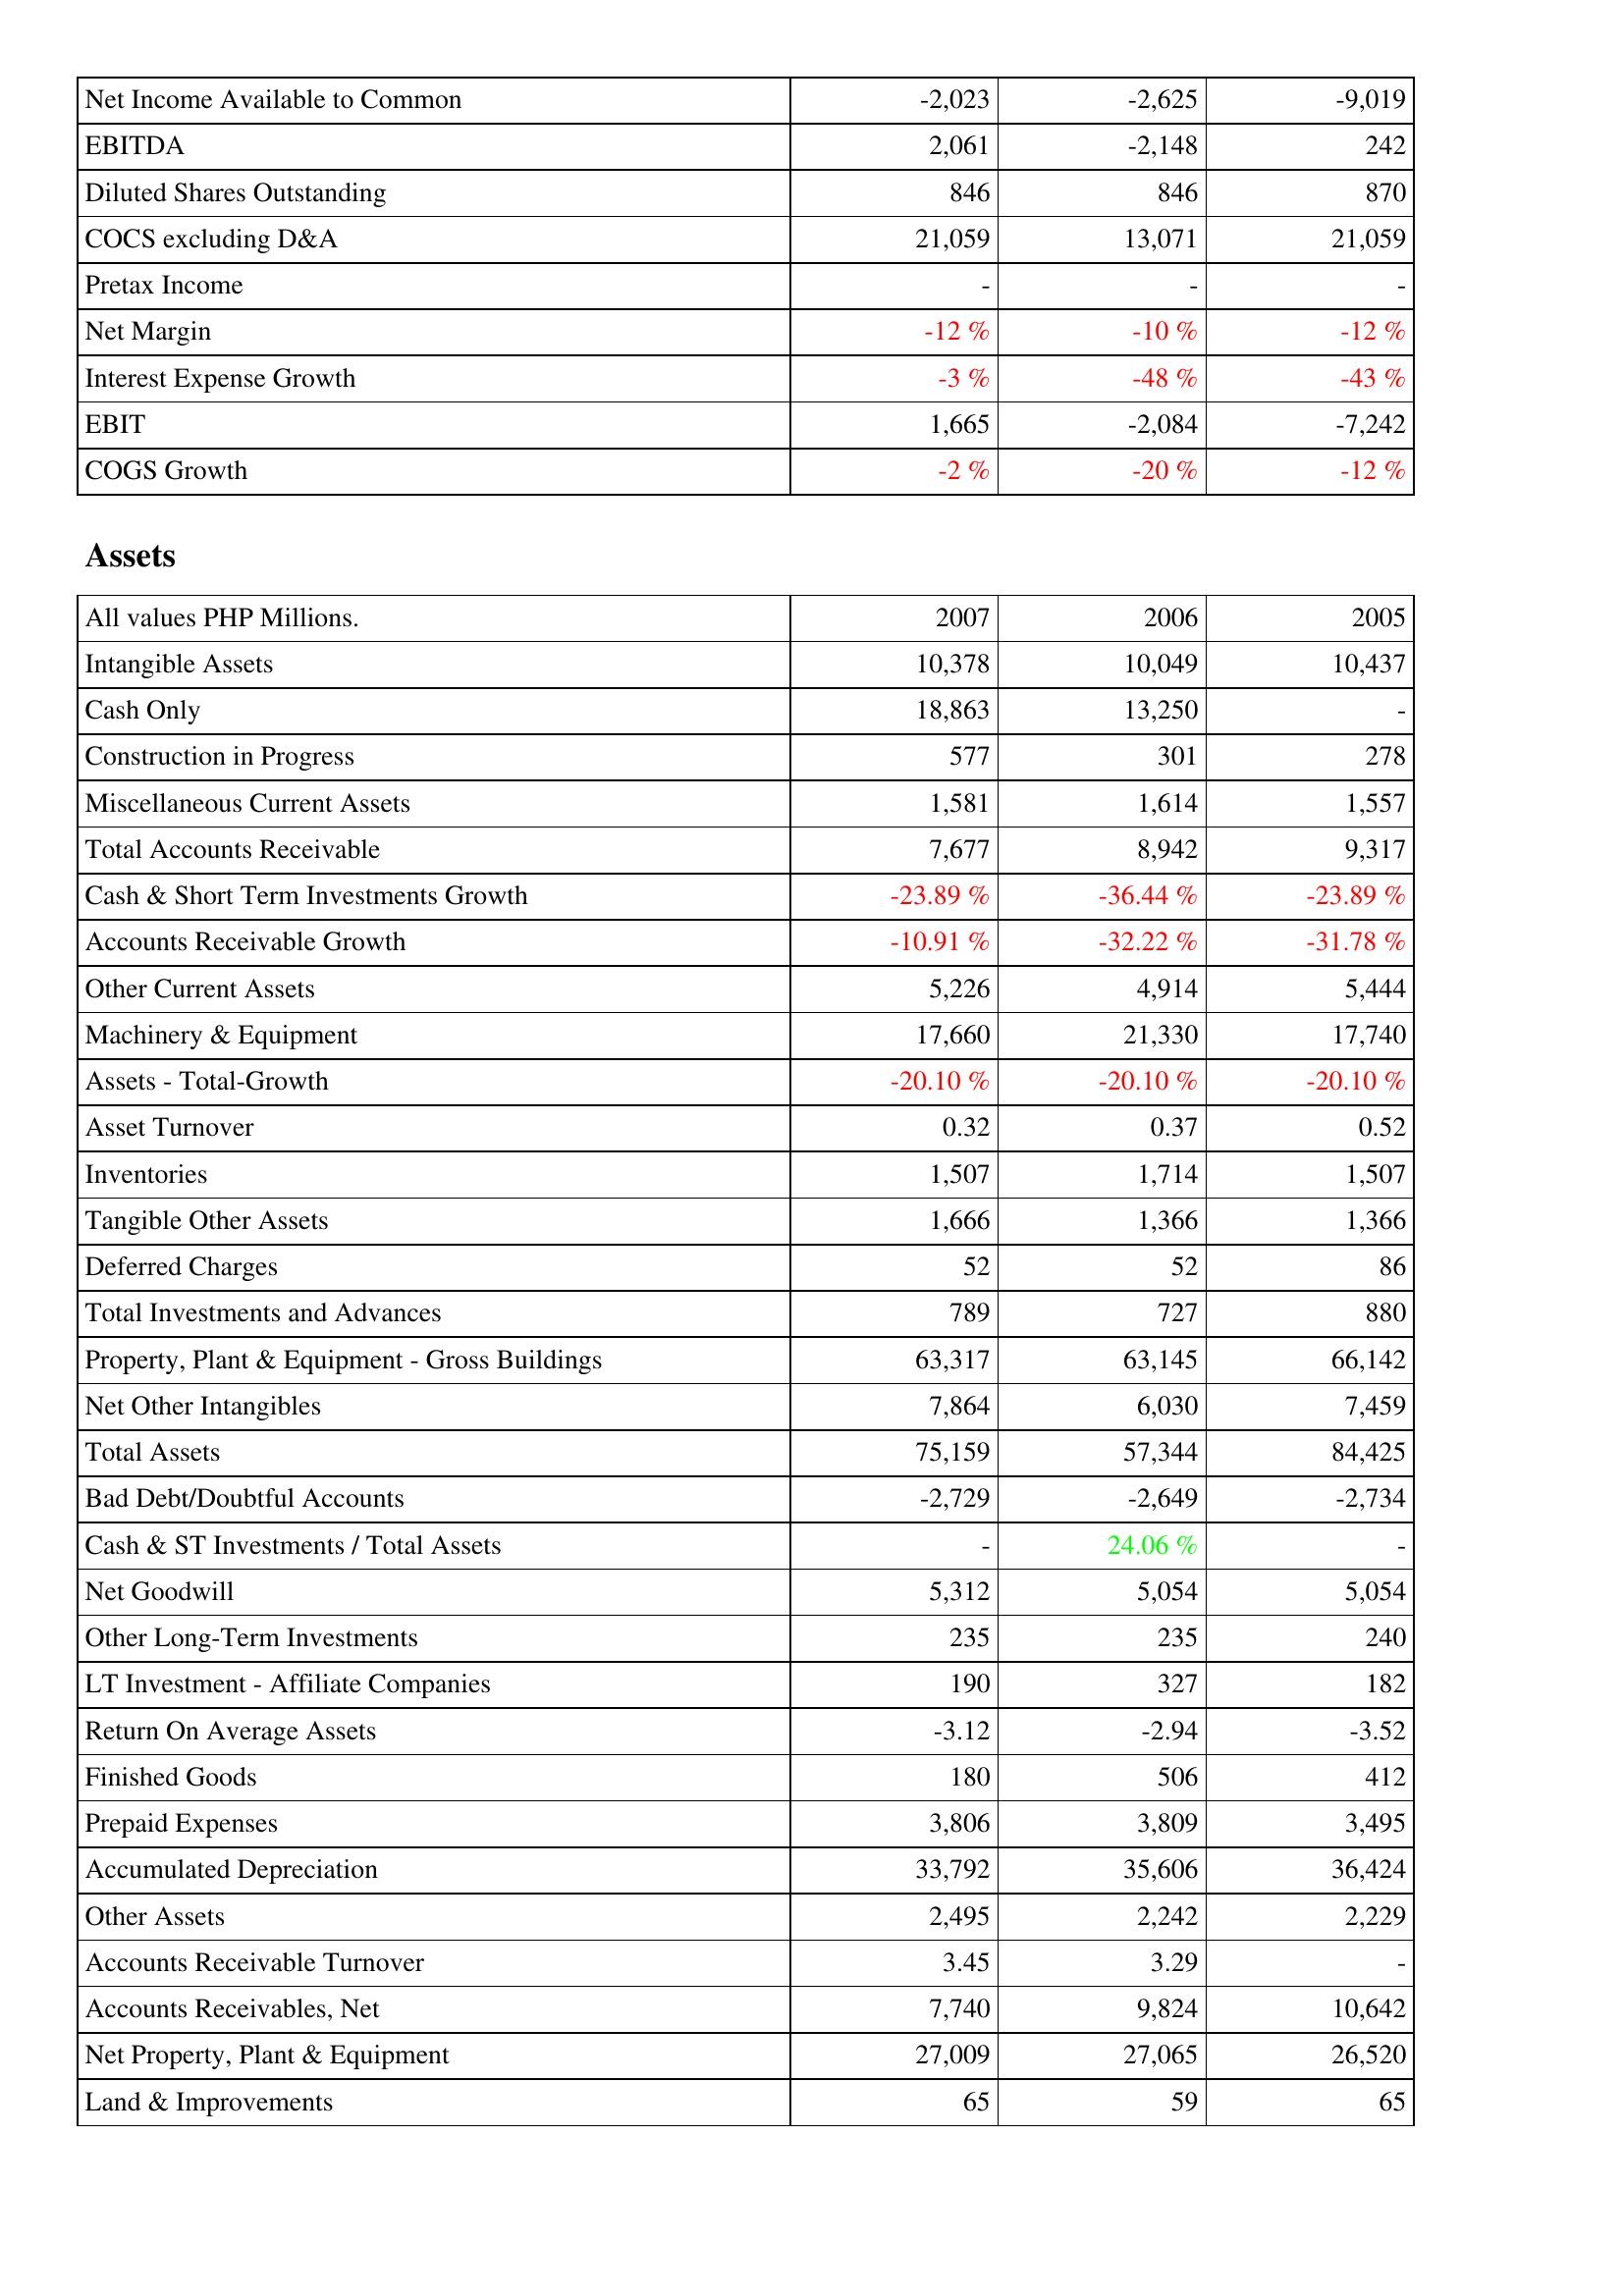
2007: Income Statement: Net Income Available to Common: -2,023
EBITDA: 2,061
Diluted Shares Outstanding: 846
COCS excluding D&A: 21,059
Pretax Income: -
Net Margin: -12 %
Interest Expense Growth: -3 %
EBIT: 1,665
COGS Growth: -2 %
Assets: Intangible Assets: 10,378
Cash Only: 18,863
Construction in Progress: 577
Miscellaneous Current Assets: 1,581
Total Accounts Receivable: 7,677
Cash & Short Term Investments Growth: -23.89 %
Accounts Receivable Growth: -10.91 %
Other Current Assets: 5,226
Machinery & Equipment: 17,660
Assets - Total-Growth: -20.10 %
Asset Turnover: 0.32
Inventories: 1,507
Tangible Other Assets: 1,666
Deferred Charges: 52
Total Investments and Advances: 789
Property, Plant & Equipment - Gross Buildings: 63,317
Net Other Intangibles: 7,864
Total Assets: 75,159
Bad Debt/Doubtful Accounts: -2,729
Cash & ST Investments / Total Assets: -
Net Goodwill: 5,312
Other Long-Term Investments: 235
LT Investment - Affiliate Companies: 190
Return On Average Assets: -3.12
Finished Goods: 180
Prepaid Expenses: 3,806
Accumulated Depreciation: 33,792
Other Assets: 2,495
Accounts Receivable Turnover: 3.45
Accounts Receivables, Net: 7,740
Net Property, Plant & Equipment: 27,009
Land & Improvements: 65
2006: Income Statement: Net Income Available to Common: -2,625
EBITDA: -2,148
Diluted Shares Outstanding: 846
COCS excluding D&A: 13,071
Pretax Income: -
Net Margin: -10 %
Interest Expense Growth: -48 %
EBIT: -2,084
COGS Growth: -20 %
Assets: Intangible Assets: 10,049
Cash Only: 13,250
Construction in Progress: 301
Miscellaneous Current Assets: 1,614
Total Accounts Receivable: 8,942
Cash & Short Term Investments Growth: -36.44 %
Accounts Receivable Growth: -32.22 %
Other Current Assets: 4,914
Machinery & Equipment: 21,330
Assets - Total-Growth: -20.10 %
Asset Turnover: 0.37
Inventories: 1,714
Tangible Other Assets: 1,366
Deferred Charges: 52
Total Investments and Advances: 727
Property, Plant & Equipment - Gross Buildings: 63,145
Net Other Intangibles: 6,030
Total Assets: 57,344
Bad Debt/Doubtful Accounts: -2,649
Cash & ST Investments / Total Assets: 24.06 %
Net Goodwill: 5,054
Other Long-Term Investments: 235
LT Investment - Affiliate Companies: 327
Return On Average Assets: -2.94
Finished Goods: 506
Prepaid Expenses: 3,809
Accumulated Depreciation: 35,606
Other Assets: 2,242
Accounts Receivable Turnover: 3.29
Accounts Receivables, Net: 9,824
Net Property, Plant & Equipment: 27,065
Land & Improvements: 59
2005: Income Statement: Net Income Available to Common: -9,019
EBITDA: 242
Diluted Shares Outstanding: 870
COCS excluding D&A: 21,059
Pretax Income: -
Net Margin: -12 %
Interest Expense Growth: -43 %
EBIT: -7,242
COGS Growth: -12 %
Assets: Intangible Assets: 10,437
Cash Only: -
Construction in Progress: 278
Miscellaneous Current Assets: 1,557
Total Accounts Receivable: 9,317
Cash & Short Term Investments Growth: -23.89 %
Accounts Receivable Growth: -31.78 %
Other Current Assets: 5,444
Machinery & Equipment: 17,740
Assets - Total-Growth: -20.10 %
Asset Turnover: 0.52
Inventories: 1,507
Tangible Other Assets: 1,366
Deferred Charges: 86
Total Investments and Advances: 880
Property, Plant & Equipment - Gross Buildings: 66,142
Net Other Intangibles: 7,459
Total Assets: 84,425
Bad Debt/Doubtful Accounts: -2,734
Cash & ST Investments / Total Assets: -
Net Goodwill: 5,054
Other Long-Term Investments: 240
LT Investment - Affiliate Companies: 182
Return On Average Assets: -3.52
Finished Goods: 412
Prepaid Expenses: 3,495
Accumulated Depreciation: 36,424
Other Assets: 2,229
Accounts Receivable Turnover: -
Accounts Receivables, Net: 10,642
Net Property, Plant & Equipment: 26,520
Land & Improvements: 65